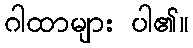
ဂါထာများ ပါ၏။